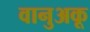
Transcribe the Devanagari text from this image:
वानुअकू